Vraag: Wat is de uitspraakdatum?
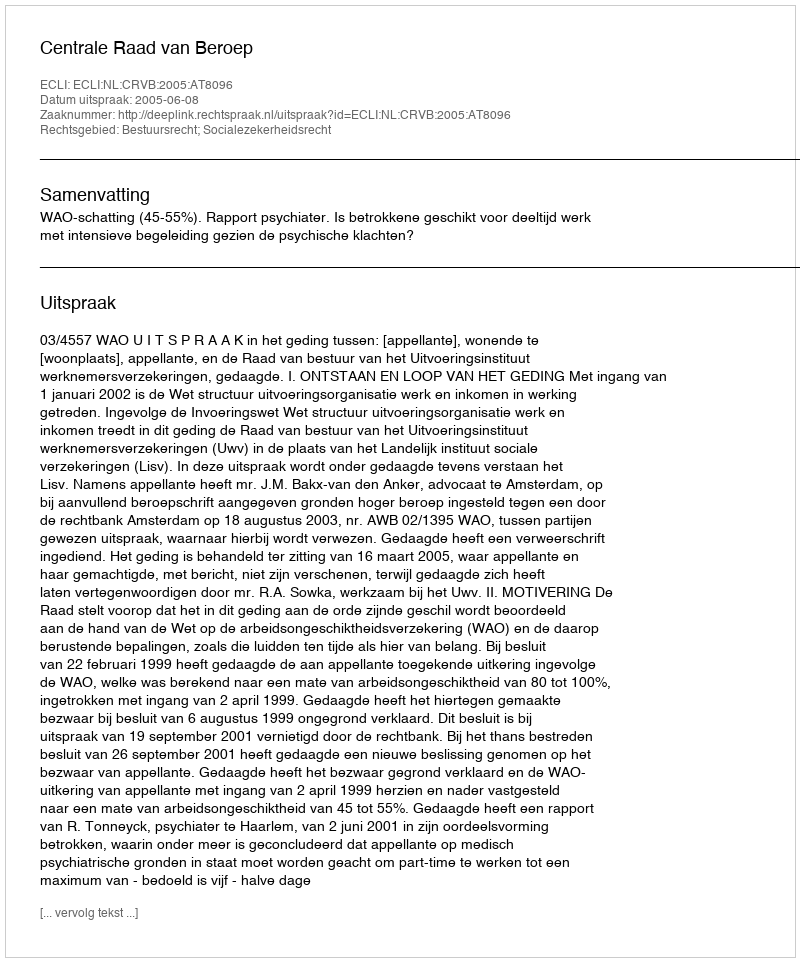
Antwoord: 2005-06-08